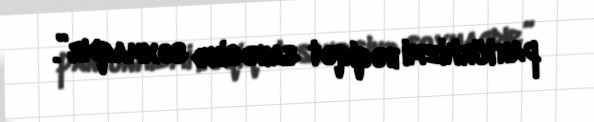
pantürkizmi həqiqət sahəsinə soxmaqdır”.